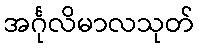
အင်္ဂုလိမာလသုတ်